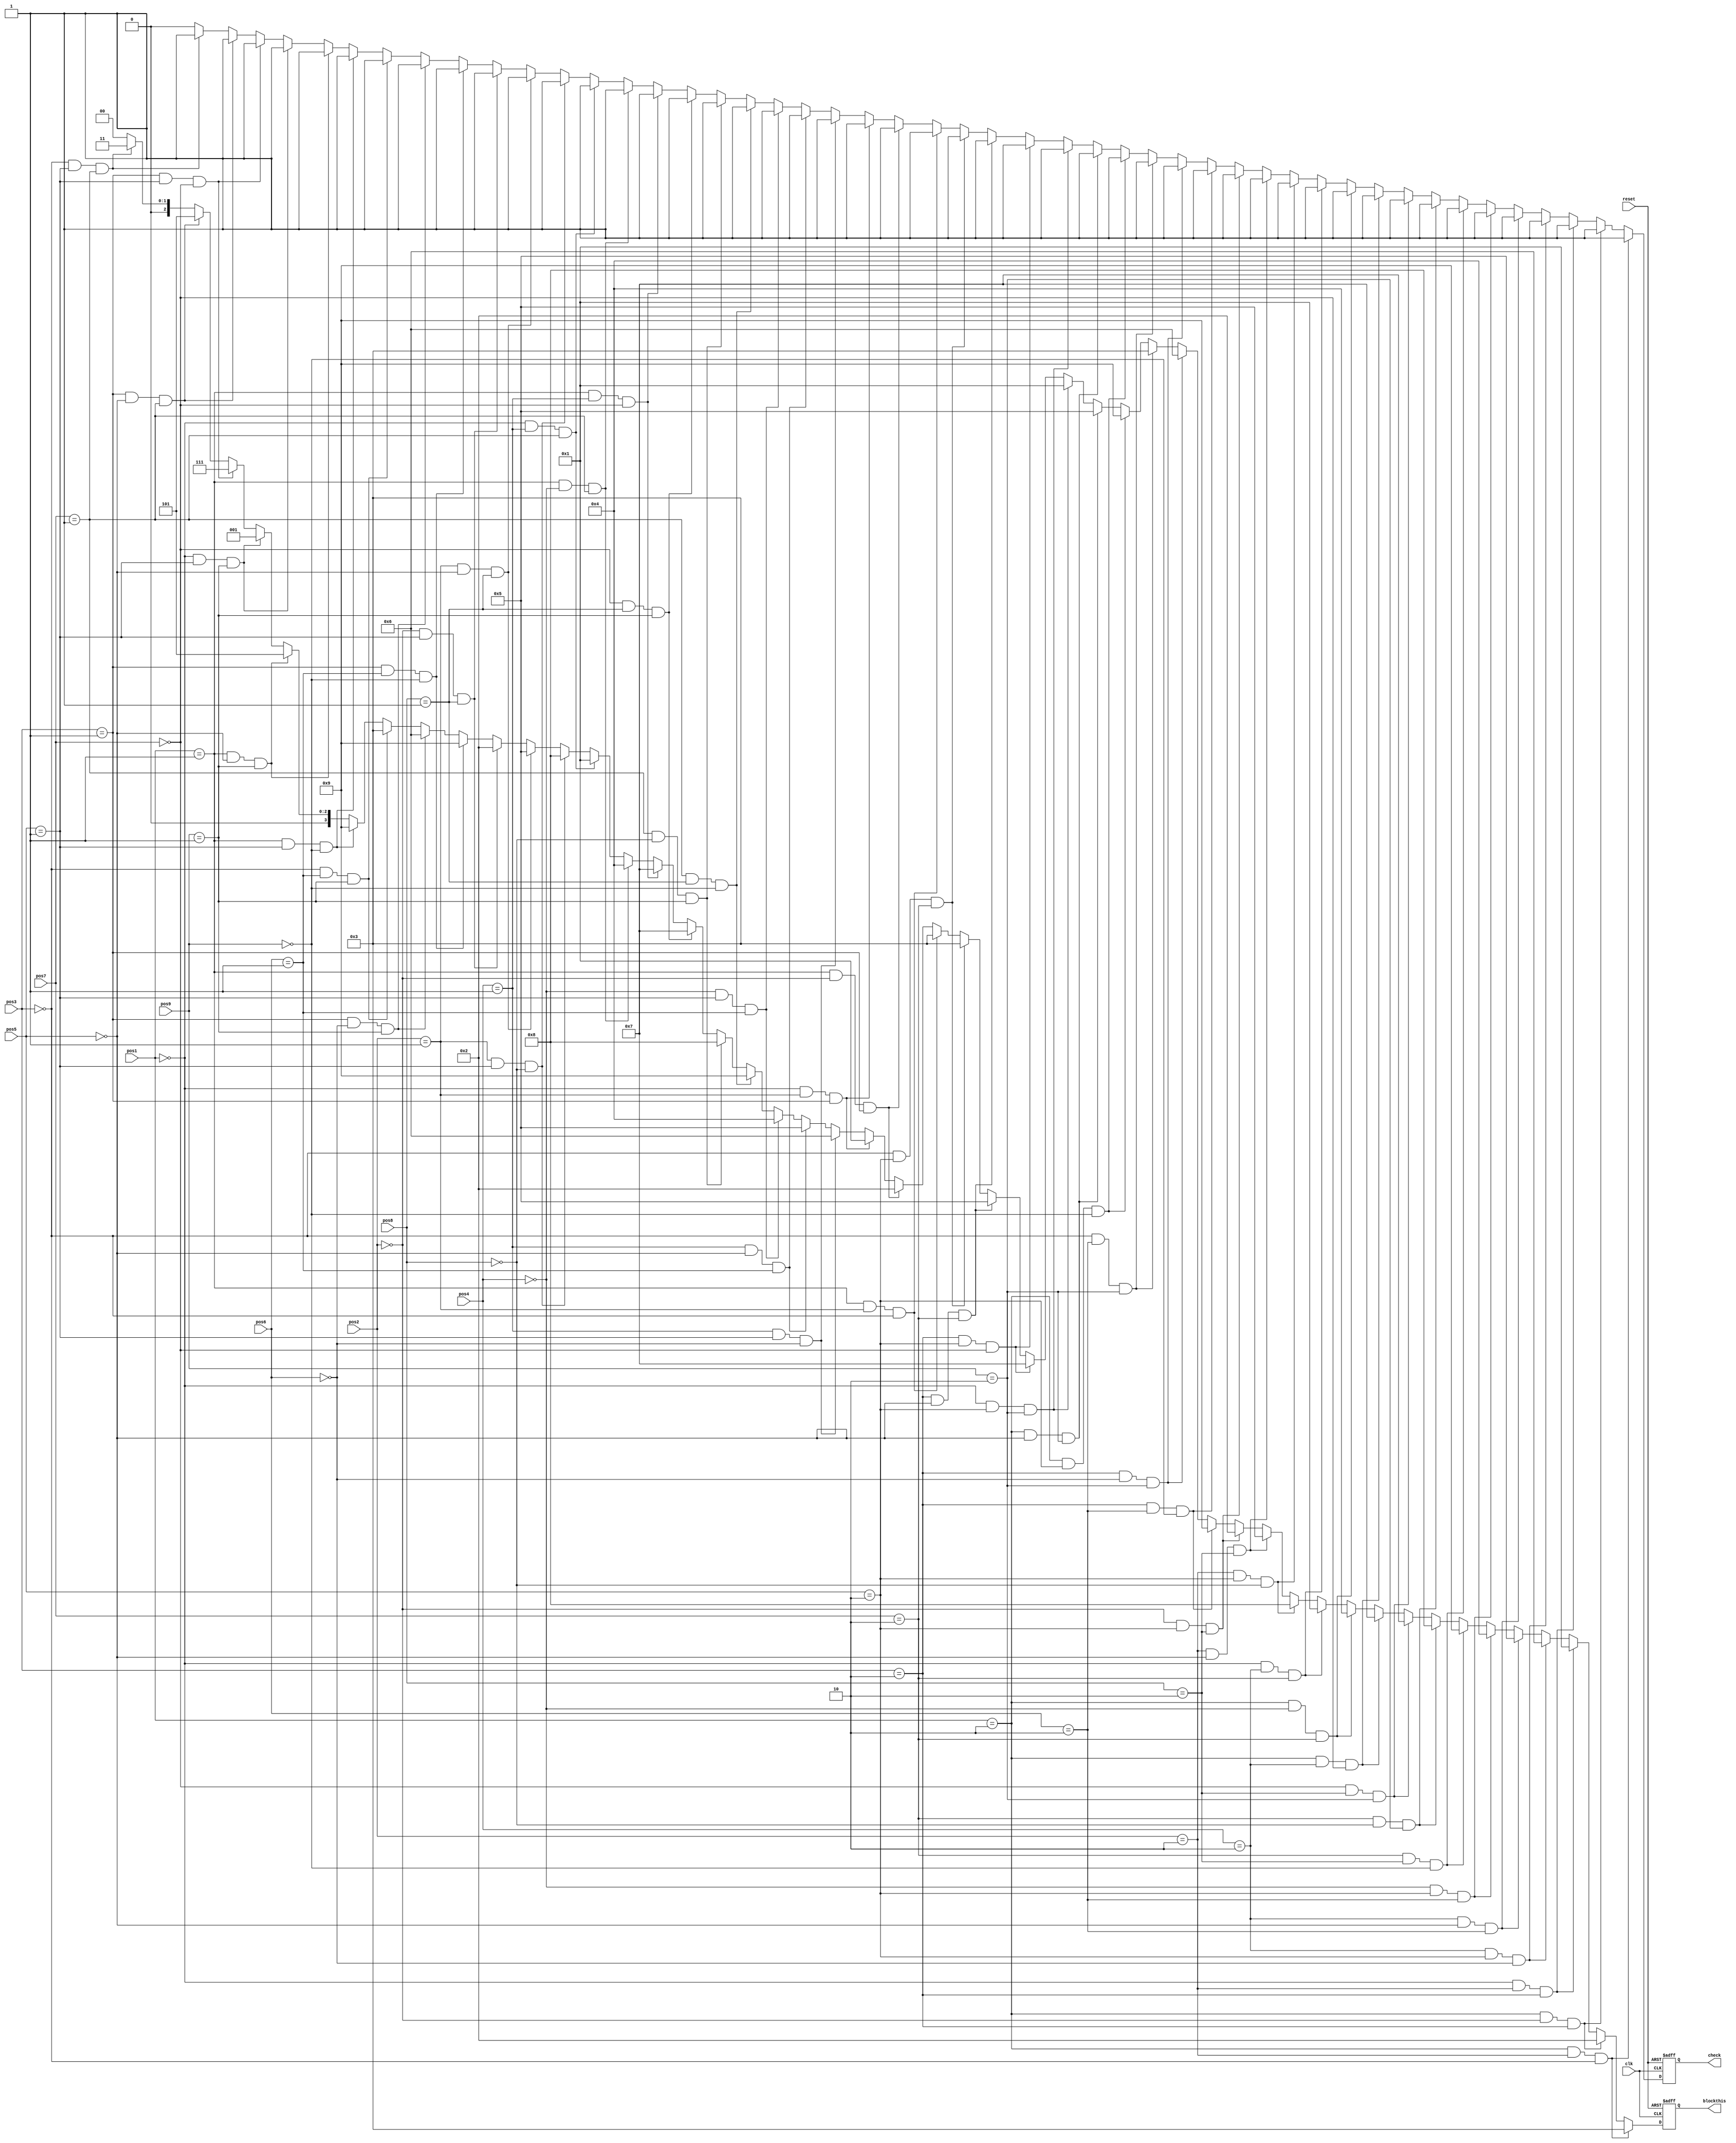
`timescale 1ns / 1ps
//////////////////////////////////////////////////////////////////////////////////
// Company: 
// Engineer: 
// 
// Design Name: 
// Module Name:    checkwin 
// Project Name: 
// Target Devices: 
// Tool versions: 
// Description: 
//
// Dependencies: 
//
// Revision: 
// Revision 0.01 - File Created
// Additional Comments: 
//
//////////////////////////////////////////////////////////////////////////////////
module checkwin(clk,reset,pos1,pos2,pos3,pos4,pos5,pos6,pos7,pos8,pos9,check,blockthis
    );
	 input clk,reset;
	 input[1:0] pos1,pos2,pos3,pos4,pos5,pos6,pos7,pos8,pos9;
	 output reg check;
	 output reg [3:0] blockthis;
	 
	 

    always @ (posedge clk or posedge reset) begin
		
		if (reset) begin
		  check <= 0;
		  blockthis <= 4'b0000;
		end
		
		//123 attacking
	   else if (pos1 == 2'b10 && pos2 == 2'b10 && pos3 == 2'b00) begin
		  check <= 1;
		  blockthis <= 4'b0011;
      end else if (pos1 == 2'b10 && pos2 == 2'b00 && pos3 == 2'b10) begin
		  check <= 1;
		  blockthis <= 4'b0010;
		end else if (pos1 == 2'b00 && pos2 == 2'b10 && pos3 == 2'b10) begin 
		  check <= 1;
		  blockthis <= 4'b0001;
		end 
		
		//456
		else if (pos4 == 2'b10 && pos5 == 2'b10 && pos6 == 2'b00) begin
		  check <= 1;
		  blockthis <= 4'b0110;
      end else if (pos4 == 2'b10 && pos5 == 2'b00 && pos6 == 2'b10) begin
		  check <= 1;
		  blockthis <= 4'b0101;
		end else if (pos4 == 2'b00 && pos5 == 2'b10 && pos6 == 2'b10) begin 
		  check <= 1;
		  blockthis <= 4'b0100; 
		end
		  
		//789
		else if (pos7 == 2'b10 && pos8 == 2'b10 && pos9 == 2'b00) begin
		  check <= 1;
		  blockthis <= 4'b1001;
      end else if (pos7 == 2'b10 && pos8 == 2'b00 && pos9 == 2'b10) begin
		  check <= 1;
		  blockthis <= 4'b1000;
		end else if (pos7 == 2'b00 && pos8 == 2'b10 && pos9 == 2'b10) begin 
		  check <= 1;
		  blockthis <= 4'b0111;
      end		  
		  
		//147
		else if (pos1 == 2'b10 && pos4 == 2'b10 && pos7 == 2'b00) begin
		  check <= 1;
		  blockthis <= 4'b0111;
      end else if (pos1 == 2'b10&& pos4 == 2'b00 && pos7 == 2'b10) begin
		  check <= 1;
		  blockthis <= 4'b0100;
		end else if (pos1 == 2'b00 && pos4 == 2'b10 && pos7 == 2'b10) begin 
		  check <= 1;
		  blockthis <= 4'b0001; 
		end
		
		//258
		else if (pos2 == 2'b10 && pos5 == 2'b10 && pos8 == 2'b00) begin
		  check <= 1;
		  blockthis <= 4'b1000;
      end else if (pos2 == 2'b10 && pos5 == 2'b00 && pos8 == 2'b10) begin
		  check <= 1;
		  blockthis <= 4'b0101;
		end else if (pos2 == 2'b00 && pos5 == 2'b10 && pos8 == 2'b10) begin 
		  check <= 1;
		  blockthis <= 4'b0010; 
		end
		
		//369
		else if (pos3 == 2'b10 && pos6 == 2'b10 && pos9 == 2'b00) begin
		  check <= 1;
		  blockthis <= 4'b1001;
      end else if (pos3 == 2'b10 && pos6 == 2'b00 && pos9 == 2'b10) begin
		  check <= 1;
		  blockthis <= 4'b0110;
		end else if (pos3 == 2'b00 && pos6 == 2'b10 && pos9 == 2'b10) begin 
		  check <= 1;
		  blockthis <= 4'b0011; 
      end
		
		//159
		else if (pos1 == 2'b10 && pos5 == 2'b10 && pos9 == 2'b00) begin
		  check <= 1;
		  blockthis <= 4'b1001;
      end else if (pos1 == 2'b10 && pos5 == 2'b00 && pos9 == 2'b10) begin
		  check <= 1;
		  blockthis <= 4'b0101;
		end else if (pos1 == 2'b00 && pos5 == 2'b10 && pos9 == 2'b10) begin 
		  check <= 1;
		  blockthis <= 4'b0001; 
      end
		
		//357
		else if (pos3 == 2'b10 && pos5 == 2'b10 && pos7 == 2'b00) begin
		  check <= 1;
		  blockthis <= 4'b0111;
      end else if (pos3 == 2'b10 && pos5 == 2'b00 && pos7 == 2'b10) begin
		  check <= 1;
		  blockthis <= 4'b0101;
		end else if (pos3 == 2'b00 && pos5 == 2'b10 && pos7 == 2'b10) begin 
		  check <= 1;
		  blockthis <= 4'b0011; 
      end 
		
		
		//123 of defending
      else if (pos1 == 2'b01 && pos2 == 2'b01 && pos3 == 2'b00) begin
		  check <= 1;
		  blockthis <= 4'b0011;
      end else if (pos1 == 2'b01 && pos2 == 2'b00 && pos3 == 2'b01) begin
		  check <= 1;
		  blockthis <= 4'b0010;
		end else if (pos1 == 2'b00 && pos2 == 2'b01 && pos3 == 2'b01) begin 
		  check <= 1;
		  blockthis <= 4'b0001;
		end 
		
		//456
		else if (pos4 == 2'b01 && pos5 == 2'b01 && pos6 == 2'b00) begin
		  check <= 1;
		  blockthis <= 4'b0110;
      end else if (pos4 == 2'b01 && pos5 == 2'b00 && pos6 == 2'b01) begin
		  check <= 1;
		  blockthis <= 4'b0101;
		end else if (pos4 == 2'b00 && pos5 == 2'b01 && pos6 == 2'b01) begin 
		  check <= 1;
		  blockthis <= 4'b0100; 
		end
		  
		//789
		else if (pos7 == 2'b01 && pos8 == 2'b01 && pos9 == 2'b00) begin
		  check <= 1;
		  blockthis <= 4'b1001;
      end else if (pos7 == 2'b01 && pos8 == 2'b00 && pos9 == 2'b01) begin
		  check <= 1;
		  blockthis <= 4'b1000;
		end else if (pos7 == 2'b00 && pos8 == 2'b01 && pos9 == 2'b01) begin 
		  check <= 1;
		  blockthis <= 4'b0111;
      end		  
		  
		//147
		else if (pos1 == 2'b01 && pos4 == 2'b01 && pos7 == 2'b00) begin
		  check <= 1;
		  blockthis <= 4'b0111;
      end else if (pos1 == 2'b01 && pos4 == 2'b00 && pos7 == 2'b01) begin
		  check <= 1;
		  blockthis <= 4'b0100;
		end else if (pos1 == 2'b00 && pos4 == 2'b01 && pos7 == 2'b01) begin 
		  check <= 1;
		  blockthis <= 4'b0001; 
		end
		
		//258
		else if (pos2 == 2'b01 && pos5 == 2'b01 && pos8 == 2'b00) begin
		  check <= 1;
		  blockthis <= 4'b1000;
      end else if (pos2 == 2'b01 && pos5 == 2'b00 && pos8 == 2'b01) begin
		  check <= 1;
		  blockthis <= 4'b0101;
		end else if (pos2 == 2'b00 && pos5 == 2'b01 && pos8 == 2'b01) begin 
		  check <= 1;
		  blockthis <= 4'b0010; 
		end
		
		//369
		else if (pos3 == 2'b01 && pos6 == 2'b01 && pos9 == 2'b00) begin
		  check <= 1;
		  blockthis <= 4'b1001;
      end else if (pos3 == 2'b01 && pos6 == 2'b00 && pos9 == 2'b01) begin
		  check <= 1;
		  blockthis <= 4'b0110;
		end else if (pos3 == 2'b00 && pos6 == 2'b01 && pos9 == 2'b01) begin 
		  check <= 1;
		  blockthis <= 4'b0011; 
      end
		
		//159
		else if (pos1 == 2'b01 && pos5 == 2'b01 && pos9 == 2'b00) begin
		  check <= 1;
		  blockthis <= 4'b1001;
      end else if (pos1 == 2'b01 && pos5 == 2'b00 && pos9 == 2'b01) begin
		  check <= 1;
		  blockthis <= 4'b0101;
		end else if (pos1 == 2'b00 && pos5 == 2'b01 && pos9 == 2'b01) begin 
		  check <= 1;
		  blockthis <= 4'b0001; 
      end
		
		//357
		else if (pos3 == 2'b01 && pos5 == 2'b01 && pos7 == 2'b00) begin
		  check <= 1;
		  blockthis <= 4'b0111;
      end else if (pos3 == 2'b01 && pos5 == 2'b00 && pos7 == 2'b01) begin
		  check <= 1;
		  blockthis <= 4'b0101;
		end else if (pos3 == 2'b00 && pos5 == 2'b01 && pos7 == 2'b01) begin 
		  check <= 1;
		  blockthis <= 4'b0011; 
      end 
		
		else begin
		  check <= 0;
		  blockthis <= 4'b0000;
		end
	
			 
	 end // always end



endmodule